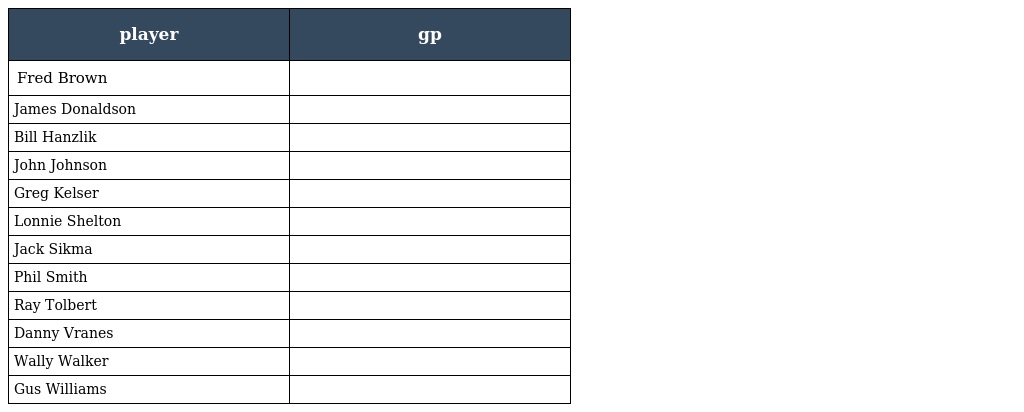
| player | gp |
 | --- | --- |
 | Fred Brown |  |
 | James Donaldson |  |
 | Bill Hanzlik |  |
 | John Johnson |  |
 | Greg Kelser |  |
 | Lonnie Shelton |  |
 | Jack Sikma |  |
 | Phil Smith |  |
 | Ray Tolbert |  |
 | Danny Vranes |  |
 | Wally Walker |  |
 | Gus Williams |  |